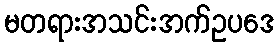
မတရားအသင်းအက်ဥပဒေ